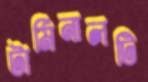
টার্মিনালটি